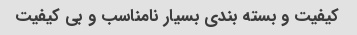
کیفیت و بسته بندی بسیار نامناسب و بی کیفیت